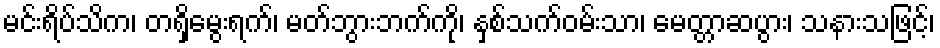
မင်းရိပ်သိက၊ တရှိမွေးရက်၊ မတ်ဘွားဘက်ကို၊ နှစ်သက်ဝမ်းသာ၊ မေတ္တာဆပွား၊ သနားသဖြင့်၊